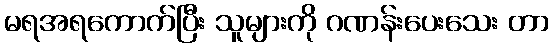
မရအရကောက်ပြီး သူများကို ဂဏန်းပေးသေး တာ